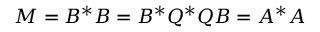
M = B ^ { * } B = B ^ { * } Q ^ { * } Q B = A ^ { * } A